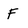
Character: F